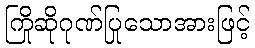
ကြိုဆိုဂုဏ်ပြုသောအားဖြင့်